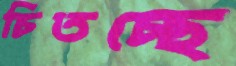
চিতচ্ছে